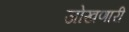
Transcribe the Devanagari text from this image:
जोखणारी